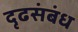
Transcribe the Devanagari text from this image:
दृढसंबंध